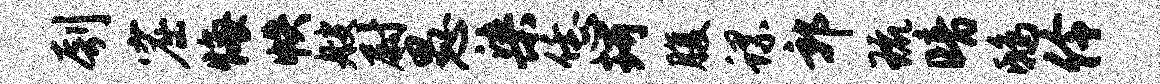
刳窟悔帙艘尉愚染恁珂腹螺郭琉暗鸱伶